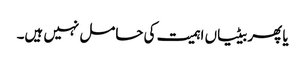
یا پھر بیٹیاں اہمیت کی حامل نہیں ہیں۔